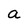
Character: a